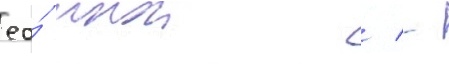
ео́ инои / -